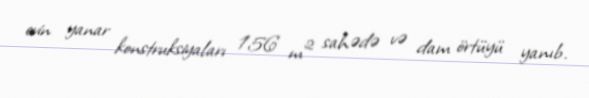
evin yanar konstruksiyaları 156 m² sahədə və dam örtüyü yanıb.